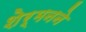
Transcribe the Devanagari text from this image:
शेर्मनने